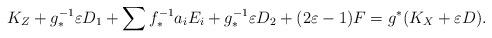
LaTeX: \begin{align*}K_Z+g_{*}^{-1}\varepsilon D_1+\sum f^{-1}_{*}a_iE_i+g_{*}^{-1}\varepsilon D_2+(2\varepsilon-1)F=g^{*}(K_X+\varepsilon D).\end{align*}